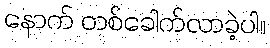
နောက် တစ်ခေါက်လာခဲ့ပါ။